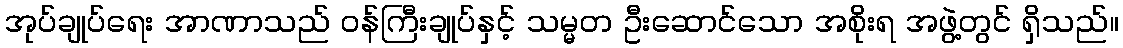
အုပ်ချုပ်ရေး အာဏာသည် ဝန်ကြီးချုပ်နှင့် သမ္မတ ဦးဆောင်သော အစိုးရ အဖွဲ့တွင် ရှိသည်။